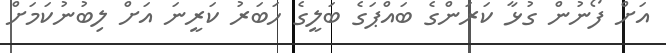
އަށް ފޯނުން ގުޅާ ކަރަންގެ ބައްޕަގެ ބަލީގެ ހަބަރު ކަރީނަ އަށް ލިބުނުކަމަށް